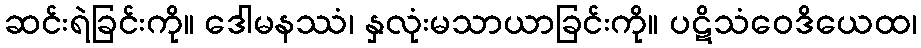
ဆင်းရဲခြင်းကို။ ဒေါမနဿံ၊ နှလုံးမသာယာခြင်းကို။ ပဋိသံဝေဒိယေထ၊